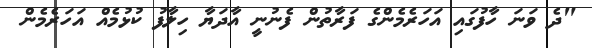
"ދެ ވަނަ ހާފުގައި އަހަރެމެންގެ ފަރާތުން ފެނުނީ އާދަޔާ ހިލާފު ކުޅުމެއް އަހަރެމެން